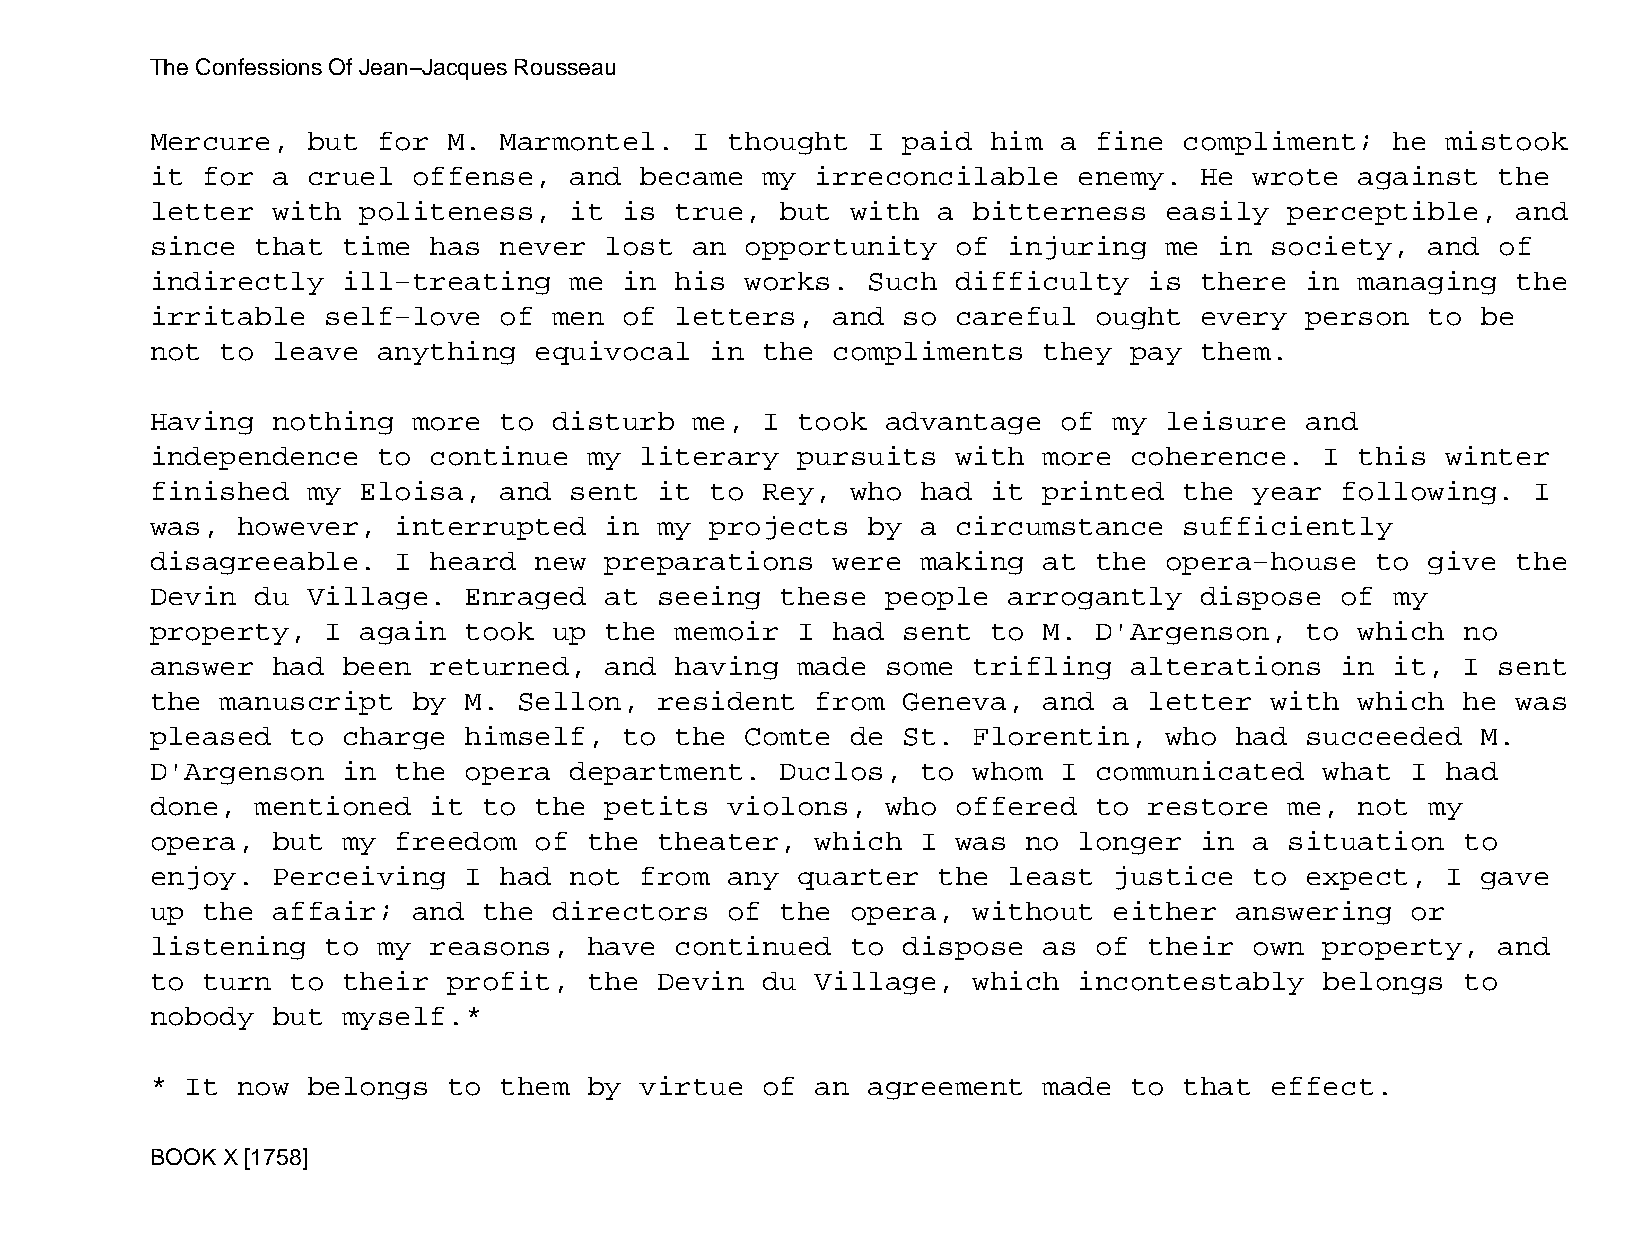
The Confessions Of Jean−Jacques Rousseau
 Mercure,  but  for  M. Marmontel.   I thought  I  paid  him a fine  compliment;   he  mistook
 it for  a cruel  offense,   and became  my  irreconcilable   enemy.  He  wrote  against  the
 letter  with  politeness,   it is  true,  but with  a bitterness   easily  perceptible,   and
 since  that  time has  never  lost  an opportunity   of  injuring  me  in society,   and of
 indirectly   ill−treating   me in  his works.  Such  difficulty   is there  in  managing  the
 irritable   self−love  of  men of  letters,  and  so careful  ought  every  person   to be
 not  to leave  anything  equivocal   in the  compliments   they  pay them.
 Having  nothing  more  to  disturb  me, I  took  advantage  of  my leisure  and
 independence   to continue   my literary   pursuits  with  more  coherence.   I this  winter
 finished  my  Eloisa,  and  sent  it to Rey,  who  had  it printed  the  year  following.  I
 was,  however,  interrupted   in  my projects  by  a circumstance   sufficiently
 disagreeable.   I heard  new  preparations   were  making  at the  opera−house   to  give the
 Devin  du Village.   Enraged  at  seeing  these  people  arrogantly  dispose   of my
 property,   I again  took  up the  memoir  I had  sent  to M. D'Argenson,   to  which  no
 answer  had  been returned,   and  having  made  some trifling   alterations   in it,  I sent
 the  manuscript  by  M. Sellon,   resident  from  Geneva,  and  a letter  with  which  he was
 pleased  to  charge  himself,  to  the Comte  de  St. Florentin,   who  had succeeded   M.
 D'Argenson   in the  opera  department.   Duclos,  to whom  I communicated    what I  had
 done,  mentioned  it  to the  petits  violons,   who offered  to  restore  me,  not  my
 opera,  but  my freedom  of  the  theater,  which  I was  no longer  in  a situation   to
 enjoy.  Perceiving   I had  not from  any  quarter  the  least  justice  to expect,   I gave
 up the  affair;  and  the  directors  of  the opera,  without   either  answering  or
 listening   to my reasons,   have  continued  to  dispose  as of  their  own  property,  and
 to turn  to  their  profit,  the  Devin du  Village,  which  incontestably    belongs  to
 nobody  but  myself.*
 * It  now belongs   to them  by virtue  of  an agreement   made  to that  effect.
 BOOK X [1758]